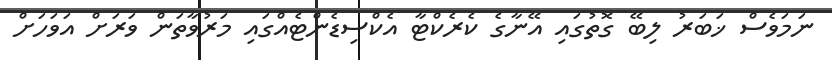
ނަމަވެސް ޚަބަރު ލިބޭ ގޮތުގައި އޭނާގެ ކެރެކްޓާ އެކްސިޑެންޓެއްގައި މަރުވާތަން ވަރަށް އަވަހަށް